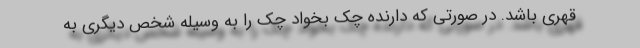
قهری باشد. در صورتی که دارنده چک بخواد چک را به وسیله شخص دیگری به